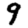
Digit: 9